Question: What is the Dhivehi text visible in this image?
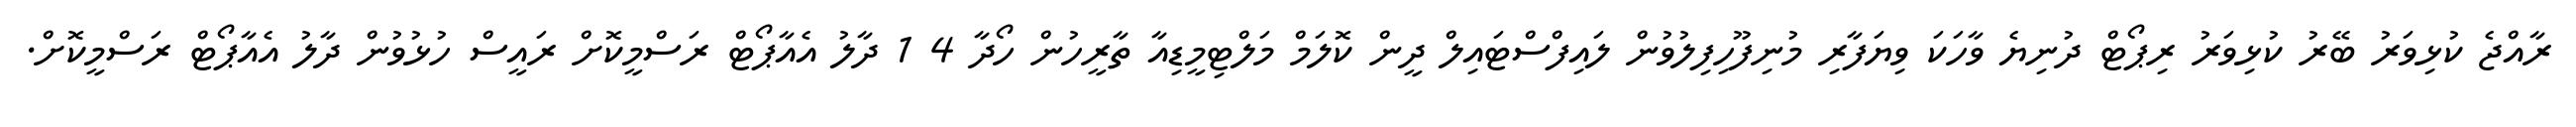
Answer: ރާއްޖެ ކުޅިވަރު ބޭރު ކުޅިވަރު ރިޕޯޓް ދުނިޔެ ވާހަކަ ވިޔަފާރި މުނިފޫހިފިލުވުން ލައިފްސްޓައިލް ދީން ކޮލަމް މަލްޓިމީޑިއާ ތާރީހުން ހޯދާ 4 1 ދާލު އެއާޕޯޓް ރަސްމީކޮށް ރައީސް ހުޅުވުން ދާލު އެއާޕޯޓް ރަސްމީކޮށް.